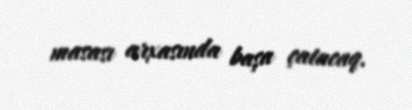
masası arxasında başa çatacaq.